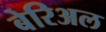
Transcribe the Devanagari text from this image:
बेरिअल